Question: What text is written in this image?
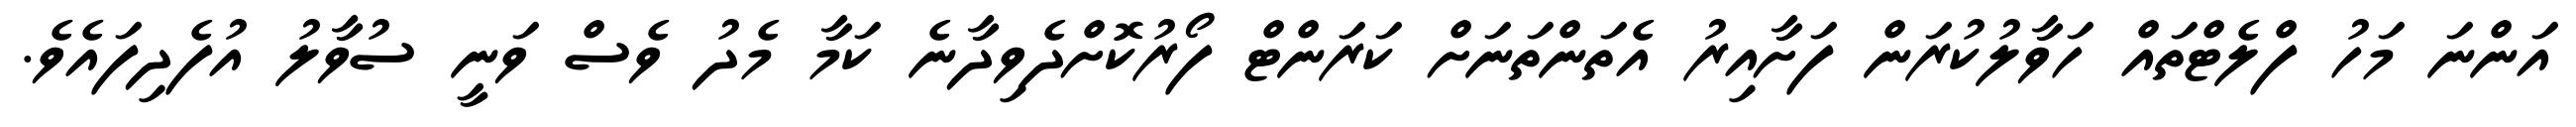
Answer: އަންނަ މަހު ފްލެޓްތައް ހަވާލުކުރަން ފަށާއިރު އެތަންތަނަށް ކަރަންޓް ފޯރުކޮށްދެވިދާނެ ކަމާ މެދު ވެސް ވަނީ ސުވާލު އުފެދިފައެވެ.